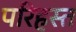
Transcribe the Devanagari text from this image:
परिहस्त